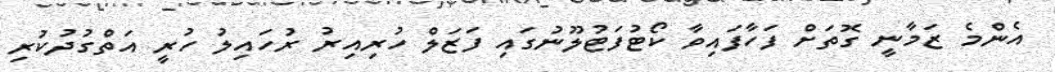
އެންމެ ޒަމާނީ ގޮތަށް ފަހާފައިވާ ކޯޓުފަޓުލޫނުގައި ފަޒަލް ހުރިއިރު ރުހައިލު ހުރީ އަތްގުދުކުރި